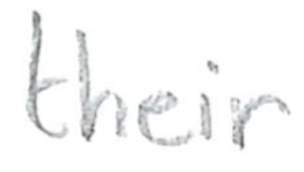
Text: their
Cross-out: clean
Writing tool: pencil